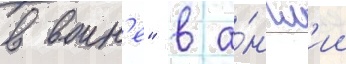
в воин'е" в а́нгл'ии